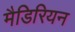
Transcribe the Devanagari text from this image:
मैडिरियन